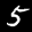
Label: 5